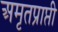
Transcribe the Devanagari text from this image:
अमृतप्राप्ती